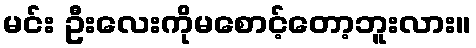
မင်း ဦးလေးကိုမစောင့်တော့ဘူးလား။